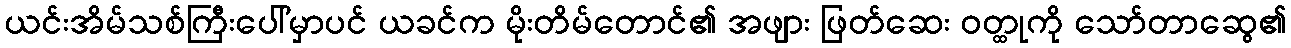
ယင်းအိမ်သစ်ကြီးပေါ်မှာပင် ယခင်က မိုးတိမ်တောင်၏ အဖျား ဖြတ်ဆေး ဝတ္ထုကို သော်တာဆွေ၏